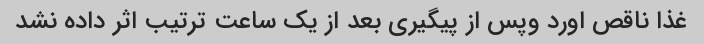
غذا ناقص اورد وپس از پیگیری بعد از یک ساعت ترتیب اثر داده نشد